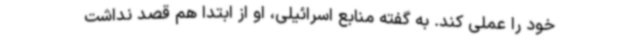
خود را عملی کند. به گفته منابع اسرائیلی، او از ابتدا هم قصد نداشت